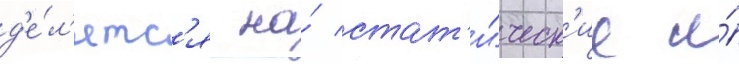
д'е́л'ятс'я на́ стат'и́ческ'ие и́